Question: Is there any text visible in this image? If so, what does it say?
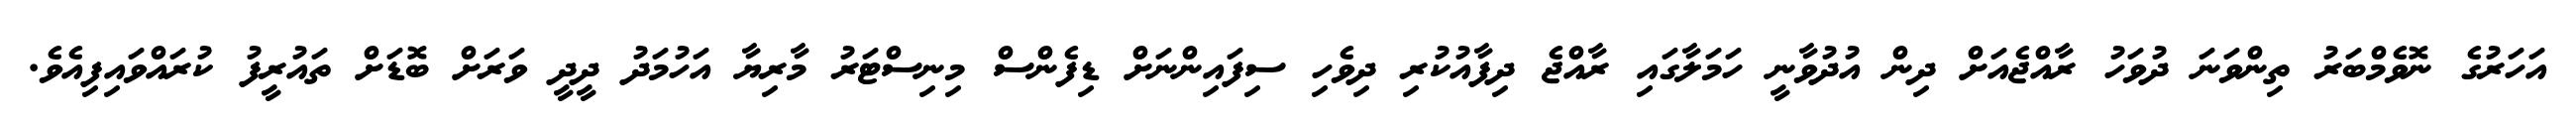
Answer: އަހަރުގެ ނޮވެމްބަރު ތިންވަނަ ދުވަހު ރާއްޖެއަށް ދިން އުދުވާނީ ހަމަލާގައި ރާއްޖެ ދިފާއުކުރި ދިވެހި ސިފައިންނަށް ޑިފެންސް މިނިސްޓަރު މާރިޔާ އަހުމަދު ދީދީ ވަރަށް ބޮޑަށް ތައުރީފު ކުރައްވައިފިއެވެ.